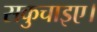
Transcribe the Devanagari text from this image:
सकुचाइए।